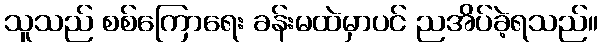
သူသည် စစ်ကြောရေး ခန်းမထဲမှာပင် ညအိပ်ခဲ့ရသည်။